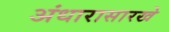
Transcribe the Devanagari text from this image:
अंधारासारखे